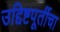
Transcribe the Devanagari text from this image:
उद्दिष्टपूर्तीचा